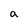
Character: a